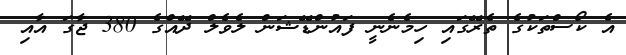
އެ ކޯސްތަކުގެ ތެރޭގައި ހިމެނެނީ ފައުންޑޭޝަން ލެވެލް ދޭއްގެ 380 ޖާގަ އާއި